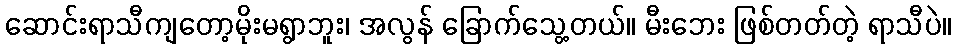
ဆောင်းရာသီကျတော့မိုးမရွာဘူး၊ အလွန် ခြောက်သွေ့တယ်။ မီးဘေး ဖြစ်တတ်တဲ့ ရာသီပဲ။